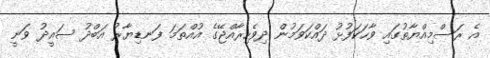
އެ ރަސްމިއްޔާތުގައި ވާހަކަފުޅު ދައްކަވަމުން ދިވެހިރާއްޖޭގެ އުއްތަމަ ފަނޑިޔާރު އަބްދު ސައީދު ވަނީ